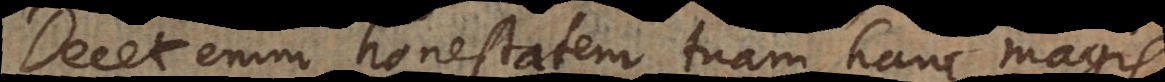
Decet enim honestatem tuam hanc magis